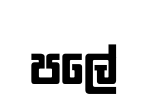
පලේ